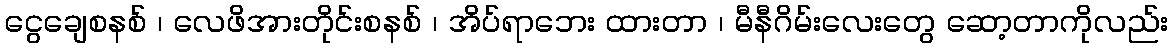
ငွေချေစနစ် ၊ လေဖိအားတိုင်းစနစ် ၊ အိပ်ရာဘေး ထားတာ ၊ မီနီဂိမ်းလေးတွေ ဆော့တာကိုလည်း